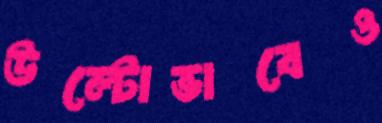
উল্টোভাবেও